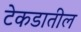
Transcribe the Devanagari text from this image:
टेकडातील